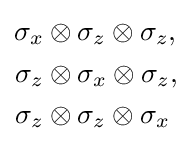
{\begin{aligned}\sigma _{x}\otimes {}&\sigma _{z}\otimes \sigma _{z},\\\sigma _{z}\otimes {}&\sigma _{x}\otimes \sigma _{z},\\\sigma _{z}\otimes {}&\sigma _{z}\otimes \sigma _{x}\end{aligned}}